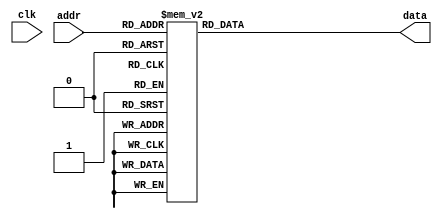
`timescale 1ns / 1ps

module rom #
// Parameters
(
    parameter
    ROM_ADDR_WIDTH = 4,
    ROM_DATA_WIDTH = 8
)
// Inputs and Outputs
(
    input clk,
    input [ROM_ADDR_WIDTH - 1 : 0] addr,
    output reg [ROM_DATA_WIDTH - 1 : 0] data
);
    
    always @ (*)
    begin
        case(addr)
            4'b0000: data <= 8'h0D;     // \r  ascii = 0D; 0
            4'b0001: data <= 8'h48;     // H   ascii = 48; 1
            4'b0010: data <= 8'h65;     // e   ascii = 65; 2
            4'b0011: data <= 8'h6C;     // l   ascii = 6C; 3
            4'b0100: data <= 8'h6C;     // l   ascii = 6C; 4
            4'b0101: data <= 8'h6F;     // o   ascii = 6F; 5
            4'b0110: data <= 8'h20;     //     ascii = 20; 6
            4'b0111: data <= 8'h57;     // W   ascii = 57; 7
            4'b1000: data <= 8'h6F;     // o   ascii = 6F; 8
            4'b1001: data <= 8'h72;     // r   ascii = 72; 9
            4'b1010: data <= 8'h6C;     // l   ascii = 6C; 10
            4'b1011: data <= 8'h64;     // d   ascii = 64; 11
            4'b1100: data <= 8'h21;     // !   ascii = 21; 12
            4'b1101: data <= 8'h0A;     // \n  ascii = 0A; 13
            default: data <= 8'h21;     // !   ascii = 21;
        endcase
    end
endmodule